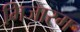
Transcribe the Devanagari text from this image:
मिजारम